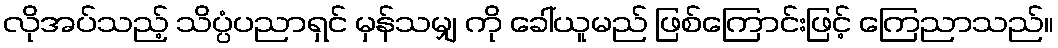
လိုအပ်သည့် သိပ္ပံပညာရှင် မှန်သမျှ ကို ခေါ်ယူမည် ဖြစ်ကြောင်းဖြင့် ကြေညာသည်။